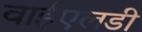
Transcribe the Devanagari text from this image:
वाईएलडी